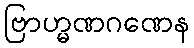
ဗြာဟ္မဏဂဏေန